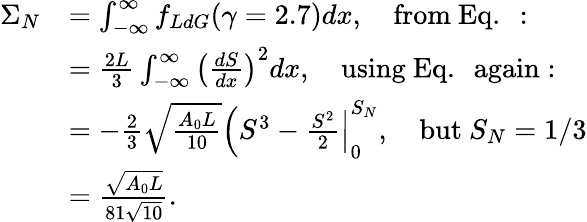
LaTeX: \begin{array}{rl}{\Sigma_{N}}&{=\int_{-\infty}^{\infty}f_{LdG}(\gamma=2.7)dx,\quad\mathrm{from~Eq.~:}}\\ &{=\frac{2L}{3}\int_{-\infty}^{\infty}\left(\frac{dS}{dx}\right)^{2}dx,\quad\mathrm{using~Eq.~~again:}}\\ &{=-\frac{2}{3}\sqrt{\frac{A_{0}L}{10}}\left(S^{3}-\frac{S^{2}}{2}\right\vert_{0}^{S_{N}},\quad\mathrm{but~}S_{N}=1/3}\\ &{=\frac{\sqrt{A_{0}L}}{81\sqrt{10}}.}\end{array}